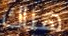
هناك